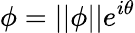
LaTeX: \phi=||\phi||e^{i\theta}